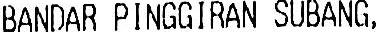
BANDAR PINGGIRAN SUBANG,